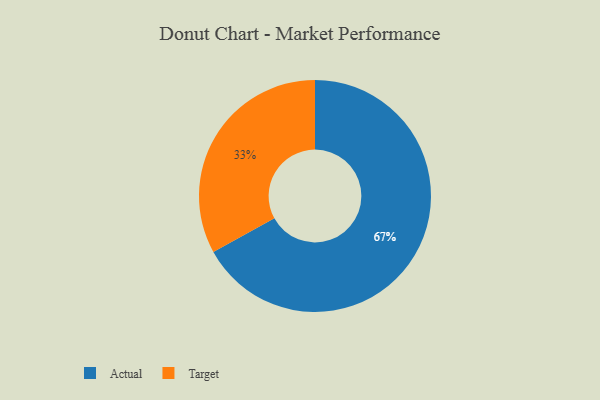
{"axis": {"x": "Category", "y": "Percentage"}, "legend": ["Actual", "Target"], "data": [{"x": "Actual", "y": 67, "type": "Actual"}, {"x": "Target", "y": 33, "type": "Target"}]}